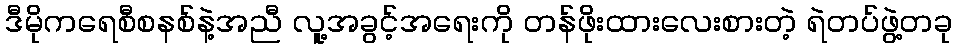
ဒီမိုကရေစီစနစ်နဲ့အညီ လူ့အခွင့်အရေးကို တန်ဖိုးထားလေးစားတဲ့ ရဲတပ်ဖွဲ့တခု